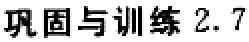
巩固与训练 2.7